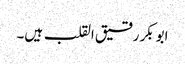
ابوبکر رقیق القلب ہیں۔